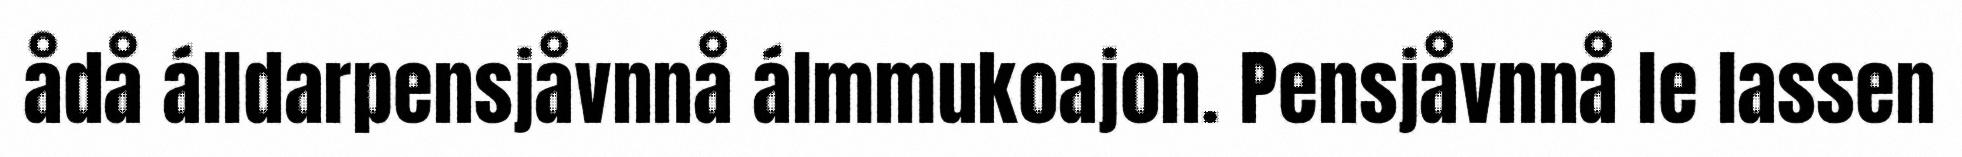
ådå álldarpensjåvnnå álmmukoajon. Pensjåvnnå le lassen